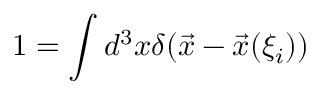
1 = \int d ^ { 3 } x \delta ( \vec { x } - \vec { x } ( \xi _ { i } ) )